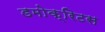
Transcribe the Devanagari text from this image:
डमोक्रिटस